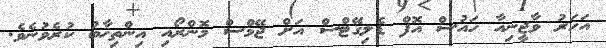
އަހަރު ވާޖީނިއާ ހައުސް އޮފް ޑެލިގޭޓްސް އަށް ޖޭމްސް މޮންރޯއި އިންތިޚާބު ކުރެވުނެވެ.